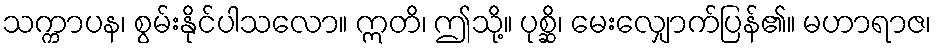
သက္ကာပန၊ စွမ်းနိုင်ပါသလော။ ဣတိ၊ ဤသို့။ ပုစ္ဆိ၊ မေးလျှောက်ပြန်၏။ မဟာရာဇ၊